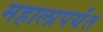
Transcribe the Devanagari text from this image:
महालापर्यंत